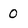
Character: 0